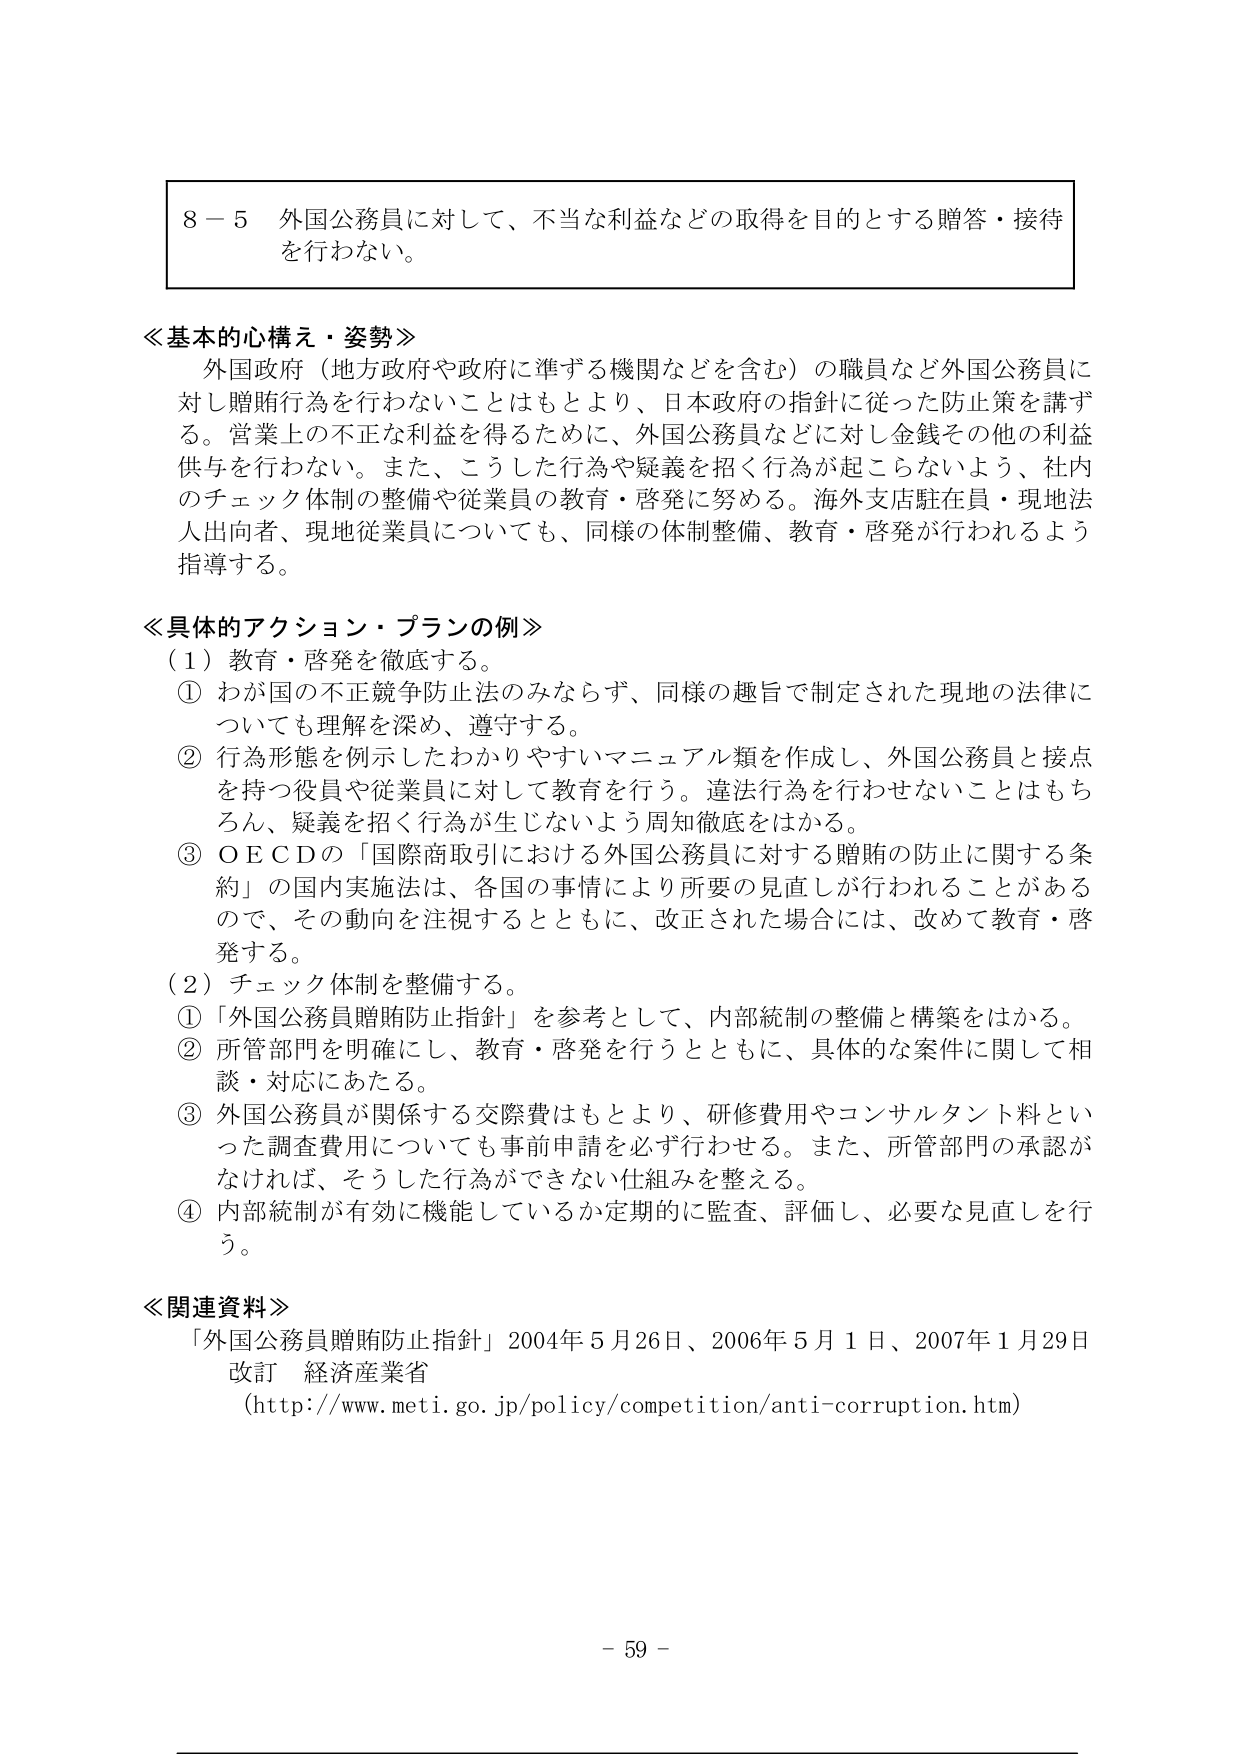
8－5 外国公務員に対して、不当な利益などの取得を目的とする贈答・接待を行わない。

≪基本的心構え・姿勢≫
外国政府（地方政府や政府に準ずる機関などを含む）の職員など外国公務員に対し賄賂行為を行わないことはもとより、日本政府の指針に従った防止策を講ずる。営業上の不正な利益を得るために、外国公務員などに対し金銭その他の利益供与を行わない。また、こうした行為や疑義を招く行為が起こらないよう、社内のチェック体制の整備や従業員の教育・啓発に努める。海外支店駐在員・現地法人出向者、現地従業員についても、同様の体制整備、教育・啓発が行われるよう指導する。

≪具体的アクション・プランの例≫
（1）教育・啓発を徹底する。
① わが国の不正競争防止法のみならず、同様の趣旨で制定された現地の法律についても理解を深め、遵守する。
② 行為形態を例示したわかりやすいマニュアル類を作成し、外国公務員と接点を持つ役員や従業員に対して教育を行う。違法行為を行わせないことはもちろん、疑義を招く行為が生じないよう周知徹底をはかる。
③ ＯＥＣＤの「国際商取引における外国公務員に対する賄賂の防止に関する条約」の国内実施法は、各国の事情により所要の見直しが行われることがあるので、その動向を注視するとともに、改正された場合には、改めて教育・啓発する。

（2）チェック体制を整備する。
① 「外国公務員賄賂防止指針」を参考として、内部統制の整備と構築をはかる。
② 所管部門を明確にし、教育・啓発を行うとともに、具体的な案件に関して相談・対応にあたる。
③ 外国公務員が関係する交際費はもとより、研修費用やコンサルタント料といった調査費用についても事前申請を必ず行わせる。また、所管部門の承認がなければ、そうした行為ができない仕組みを整える。
④ 内部統制が有効に機能しているか定期的に監査、評価し、必要な見直しを行う。

≪関連資料≫
「外国公務員賄賂防止指針」2004年5月26日、2006年5月1日、2007年1月29日改訂 経済産業省
（http://www.meti.go.jp/policy/competition/anti-corruption.htm）

- 59 -